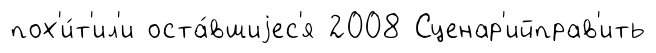
пох'и́т'ил'и оста́вшиjес'я 2008 Сценар'ийправ'ить